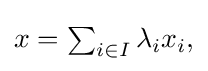
{\textstyle x=\sum _{i\in I}{\lambda _{i}x_{i}},}